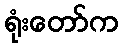
ရုံးတော်က